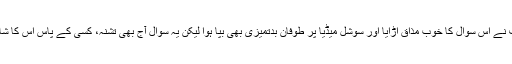
تحریکِ انصاف نے اِس سوال کا خوب مذاق اُڑایا اور سوشل میڈیا پر طوفانِ بدتمیزی بھی بپا ہوا لیکن یہ سوال آج بھی تشنہ، کسی کے پاس اِس کا شافی جواب نہیں۔